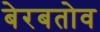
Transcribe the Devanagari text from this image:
बेरबतोव